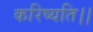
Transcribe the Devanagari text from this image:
करिष्यति।।